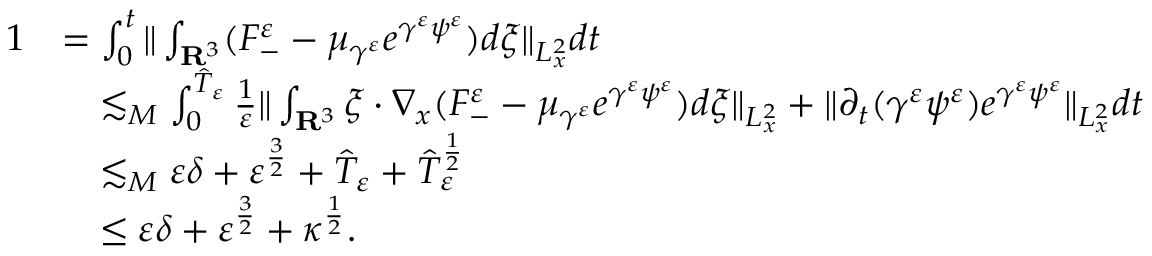
\begin{array} { r l } { 1 } & { = \int _ { 0 } ^ { t } \| \int _ { \mathbf R ^ { 3 } } ( F _ { - } ^ { \varepsilon } - \mu _ { \gamma ^ { \varepsilon } } e ^ { \gamma ^ { \varepsilon } \psi ^ { \varepsilon } } ) d \xi \| _ { L _ { x } ^ { 2 } } d t } \\ & { \quad \lesssim _ { M } \int _ { 0 } ^ { \hat { T } _ { \varepsilon } } \frac { 1 } { \varepsilon } \| \int _ { \mathbf R ^ { 3 } } \xi \cdot \nabla _ { x } ( F _ { - } ^ { \varepsilon } - \mu _ { \gamma ^ { \varepsilon } } e ^ { \gamma ^ { \varepsilon } \psi ^ { \varepsilon } } ) d \xi \| _ { L _ { x } ^ { 2 } } + \| \partial _ { t } ( \gamma ^ { \varepsilon } \psi ^ { \varepsilon } ) e ^ { \gamma ^ { \varepsilon } \psi ^ { \varepsilon } } \| _ { L _ { x } ^ { 2 } } d t } \\ & { \quad \lesssim _ { M } \varepsilon \delta + \varepsilon ^ { \frac { 3 } { 2 } } + \hat { T } _ { \varepsilon } + \hat { T } _ { \varepsilon } ^ { \frac { 1 } { 2 } } } \\ & { \quad \leq \varepsilon \delta + \varepsilon ^ { \frac { 3 } { 2 } } + \kappa ^ { \frac { 1 } { 2 } } . } \end{array}